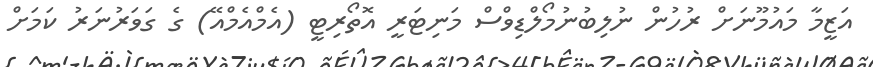
އަޒީމާ މައުމޫނަށް ރުހުން ނުލިބުނުމޯލްޑިވްސް މަނިޓަރީ އޮތޯރިޓީ (އެމްއެމްއޭ) ގެ ގަވަރުނަރު ކަމަށް